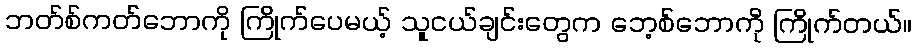
ဘတ်စ်ကတ်ဘောကို ကြိုက်ပေမယ့် သူငယ်ချင်းတွေက ဘေ့စ်ဘောကို ကြိုက်တယ်။